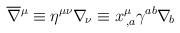
\begin{align*}\overline\nabla{^\mu}\equiv\eta^{\mu\nu} \nabla_{\!\nu}\equiv x^\mu_{\, ,a}\gamma^{ab}\nabla_{\! b}\end{align*}